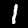
Label: 1